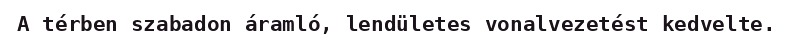
A térben szabadon áramló, lendületes vonalvezetést kedvelte.